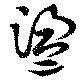
盪